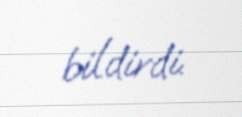
bildirdi.